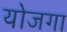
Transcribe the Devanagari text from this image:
योजगा